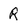
Character: R